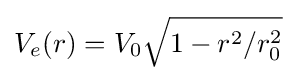
V_{e}(r)=V_{0}{\sqrt {1-r^{2}/r_{0}^{2}}}